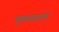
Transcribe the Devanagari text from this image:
मुक्तासाठी